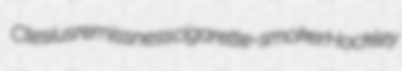
Ctesius remissness cigarette-smoker Hockley